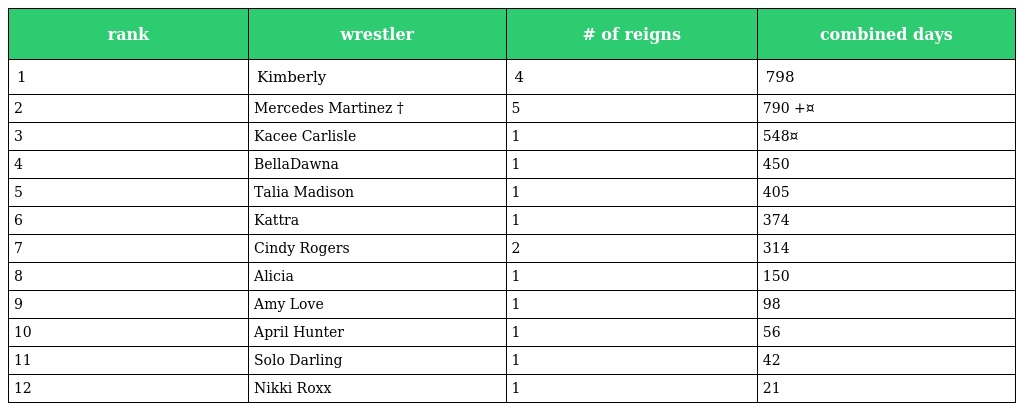
| rank | wrestler | # of reigns | combined days |
 | --- | --- | --- | --- |
 | 1 | Kimberly | 4 | 798 |
 | 2 | Mercedes Martinez † | 5 | 790 +¤ |
 | 3 | Kacee Carlisle | 1 | 548¤ |
 | 4 | BellaDawna | 1 | 450 |
 | 5 | Talia Madison | 1 | 405 |
 | 6 | Kattra | 1 | 374 |
 | 7 | Cindy Rogers | 2 | 314 |
 | 8 | Alicia | 1 | 150 |
 | 9 | Amy Love | 1 | 98 |
 | 10 | April Hunter | 1 | 56 |
 | 11 | Solo Darling | 1 | 42 |
 | 12 | Nikki Roxx | 1 | 21 |